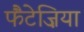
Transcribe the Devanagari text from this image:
फैंटेज़िया